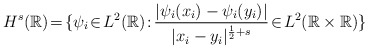
\begin{align*}H^s(\mathbb{R})\!=\!\{\psi_i \! \in \! L^2(\mathbb{R})\! : \! \frac{|\psi_i(x_i)-\psi_i(y_i)|}{|x_i-y_i|^{\frac{1}{2}+s}} \! \in \! L^2(\mathbb{R}\times \mathbb{R})\}\end{align*}